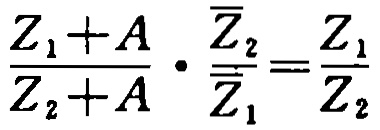
$\frac{Z_{1}+A}{Z_{2}+A} \cdot \frac{\overline{Z}_{2}}{\overline{Z}_{1}}=\frac{Z_{1}}{Z_{2}}$